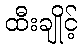
ထီးချိုင့်